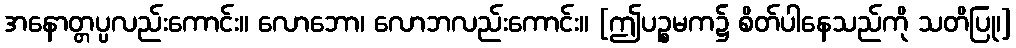
အနောတ္တပ္ပလည်းကောင်း။ လောဘော၊ လောဘလည်းကောင်း။ [ဤပဉ္စမက၌ စိတ်ပါနေသည်ကို သတိပြု၊]